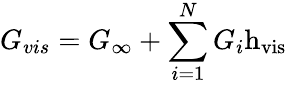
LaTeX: G_{vis}=G_{\infty}+\sum_{i=1}^{N}G_{i}\mathrm{{h_{vis}}}